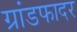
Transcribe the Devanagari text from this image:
ग्रांडफादर